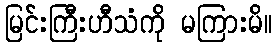
မြင်းကြီးဟီသံကို မကြားမိ။